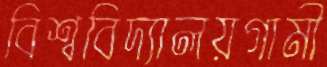
বিশ্ববিদ্যালয়গামী